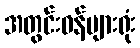
အတွင်းဝန်များရုံး